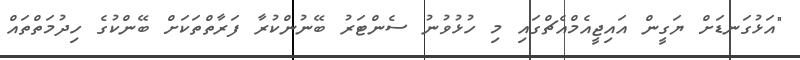
"އަޅުގަނޑަށް ޔަގީން އައިޖީއެމްއެޗްގައި މި ހުޅުވުނު ސެންޓަރު ބޭނުންކުރާ ފަރާތްތަކަށް ބޭންކުގެ ހިދުމަތްތައް